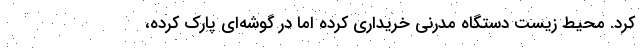
کرد. محیط‌ زیست دستگاه مدرنی خریداری کرده اما در گوشه‌ای پارک کرده،